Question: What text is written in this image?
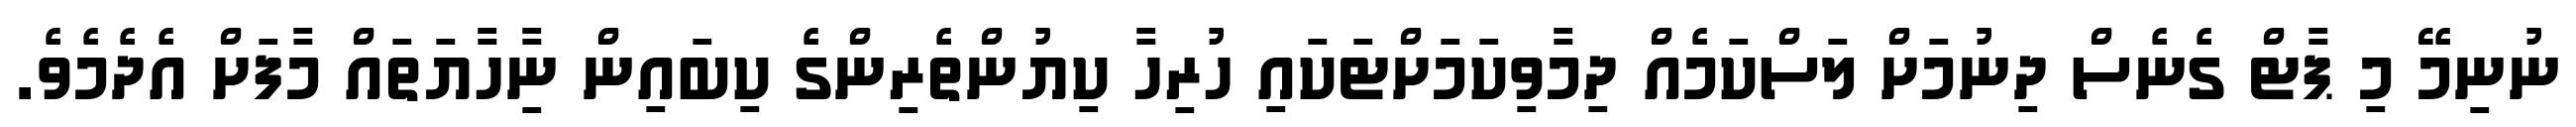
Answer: ނުނިމޭ މި ޕާޓް ގެނެސް ދިނުމަށް ލަސްކަމެއް ދިމާވިކަމަށްޓަކައި ހުރިހާ ކިޔުންތެރިންގެ ކިބައިން ނިާހާޔަތައް މާފަށް އެދެމެވެ.